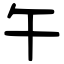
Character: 午